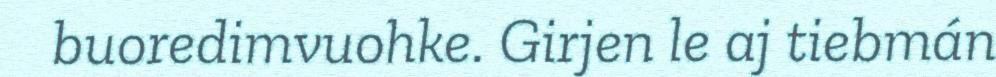
buoredimvuohke. Girjen le aj tiebmán